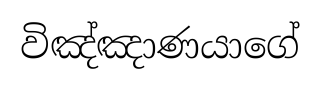
විඤ්ඤාණයාගේ